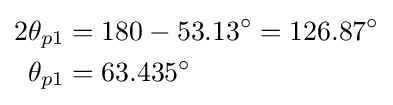
{\begin{aligned}2\theta _{p1}&=180-53.13^{\circ }=126.87^{\circ }\\\theta _{p1}&=63.435^{\circ }\\\end{aligned}}